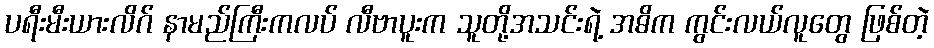
ပရီးမီးယားလိဂ် နာမည်ကြီးကလပ် လီဗာပူးက သူတို့အသင်းရဲ့ အဓိက ကွင်းလယ်လူတွေ ဖြစ်တဲ့